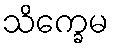
သိက္ခေမ